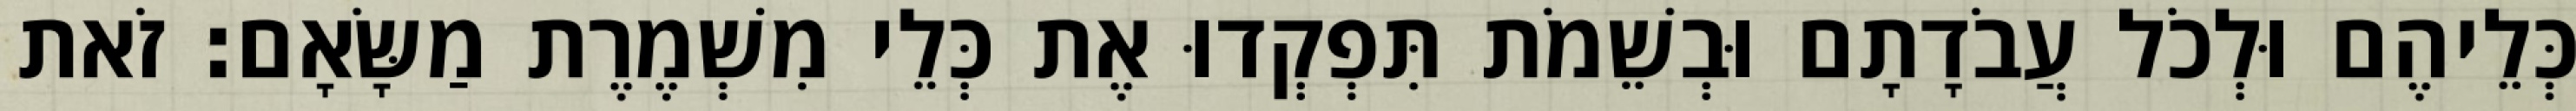
כְּלֵיהֶם וּלְכֹל עֲבֹדָתָם וּבְשֵׁמֹת תִּפְקְדוּ אֶת כְּלֵי מִשְׁמֶרֶת מַשָּׂאָם׃ זֹאת